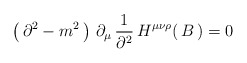
\begin{align*}\left(\,\partial^2 -m^2 \,\right)\,\partial_\mu\, {1\over \partial^2} \, H^{\mu\nu\rho}(\,B\,)= 0\end{align*}